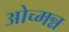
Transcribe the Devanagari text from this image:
ओच्मन्न